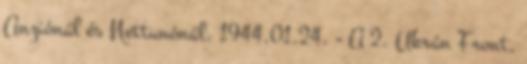
Anziónál és Nettunónál. 1944.01.24. - A 2. Ukrán Front,